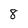
Character: 8